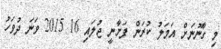
މި ގާނޫނަށް އަމަލު ކުރަން ފަށާނީ ޖުލައި 16 2015 ވަނަ ދުވަހު